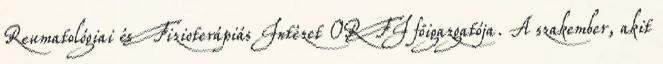
Reumatológiai és Fizioterápiás Intézet ORFI főigazgatója. A szakember, akit